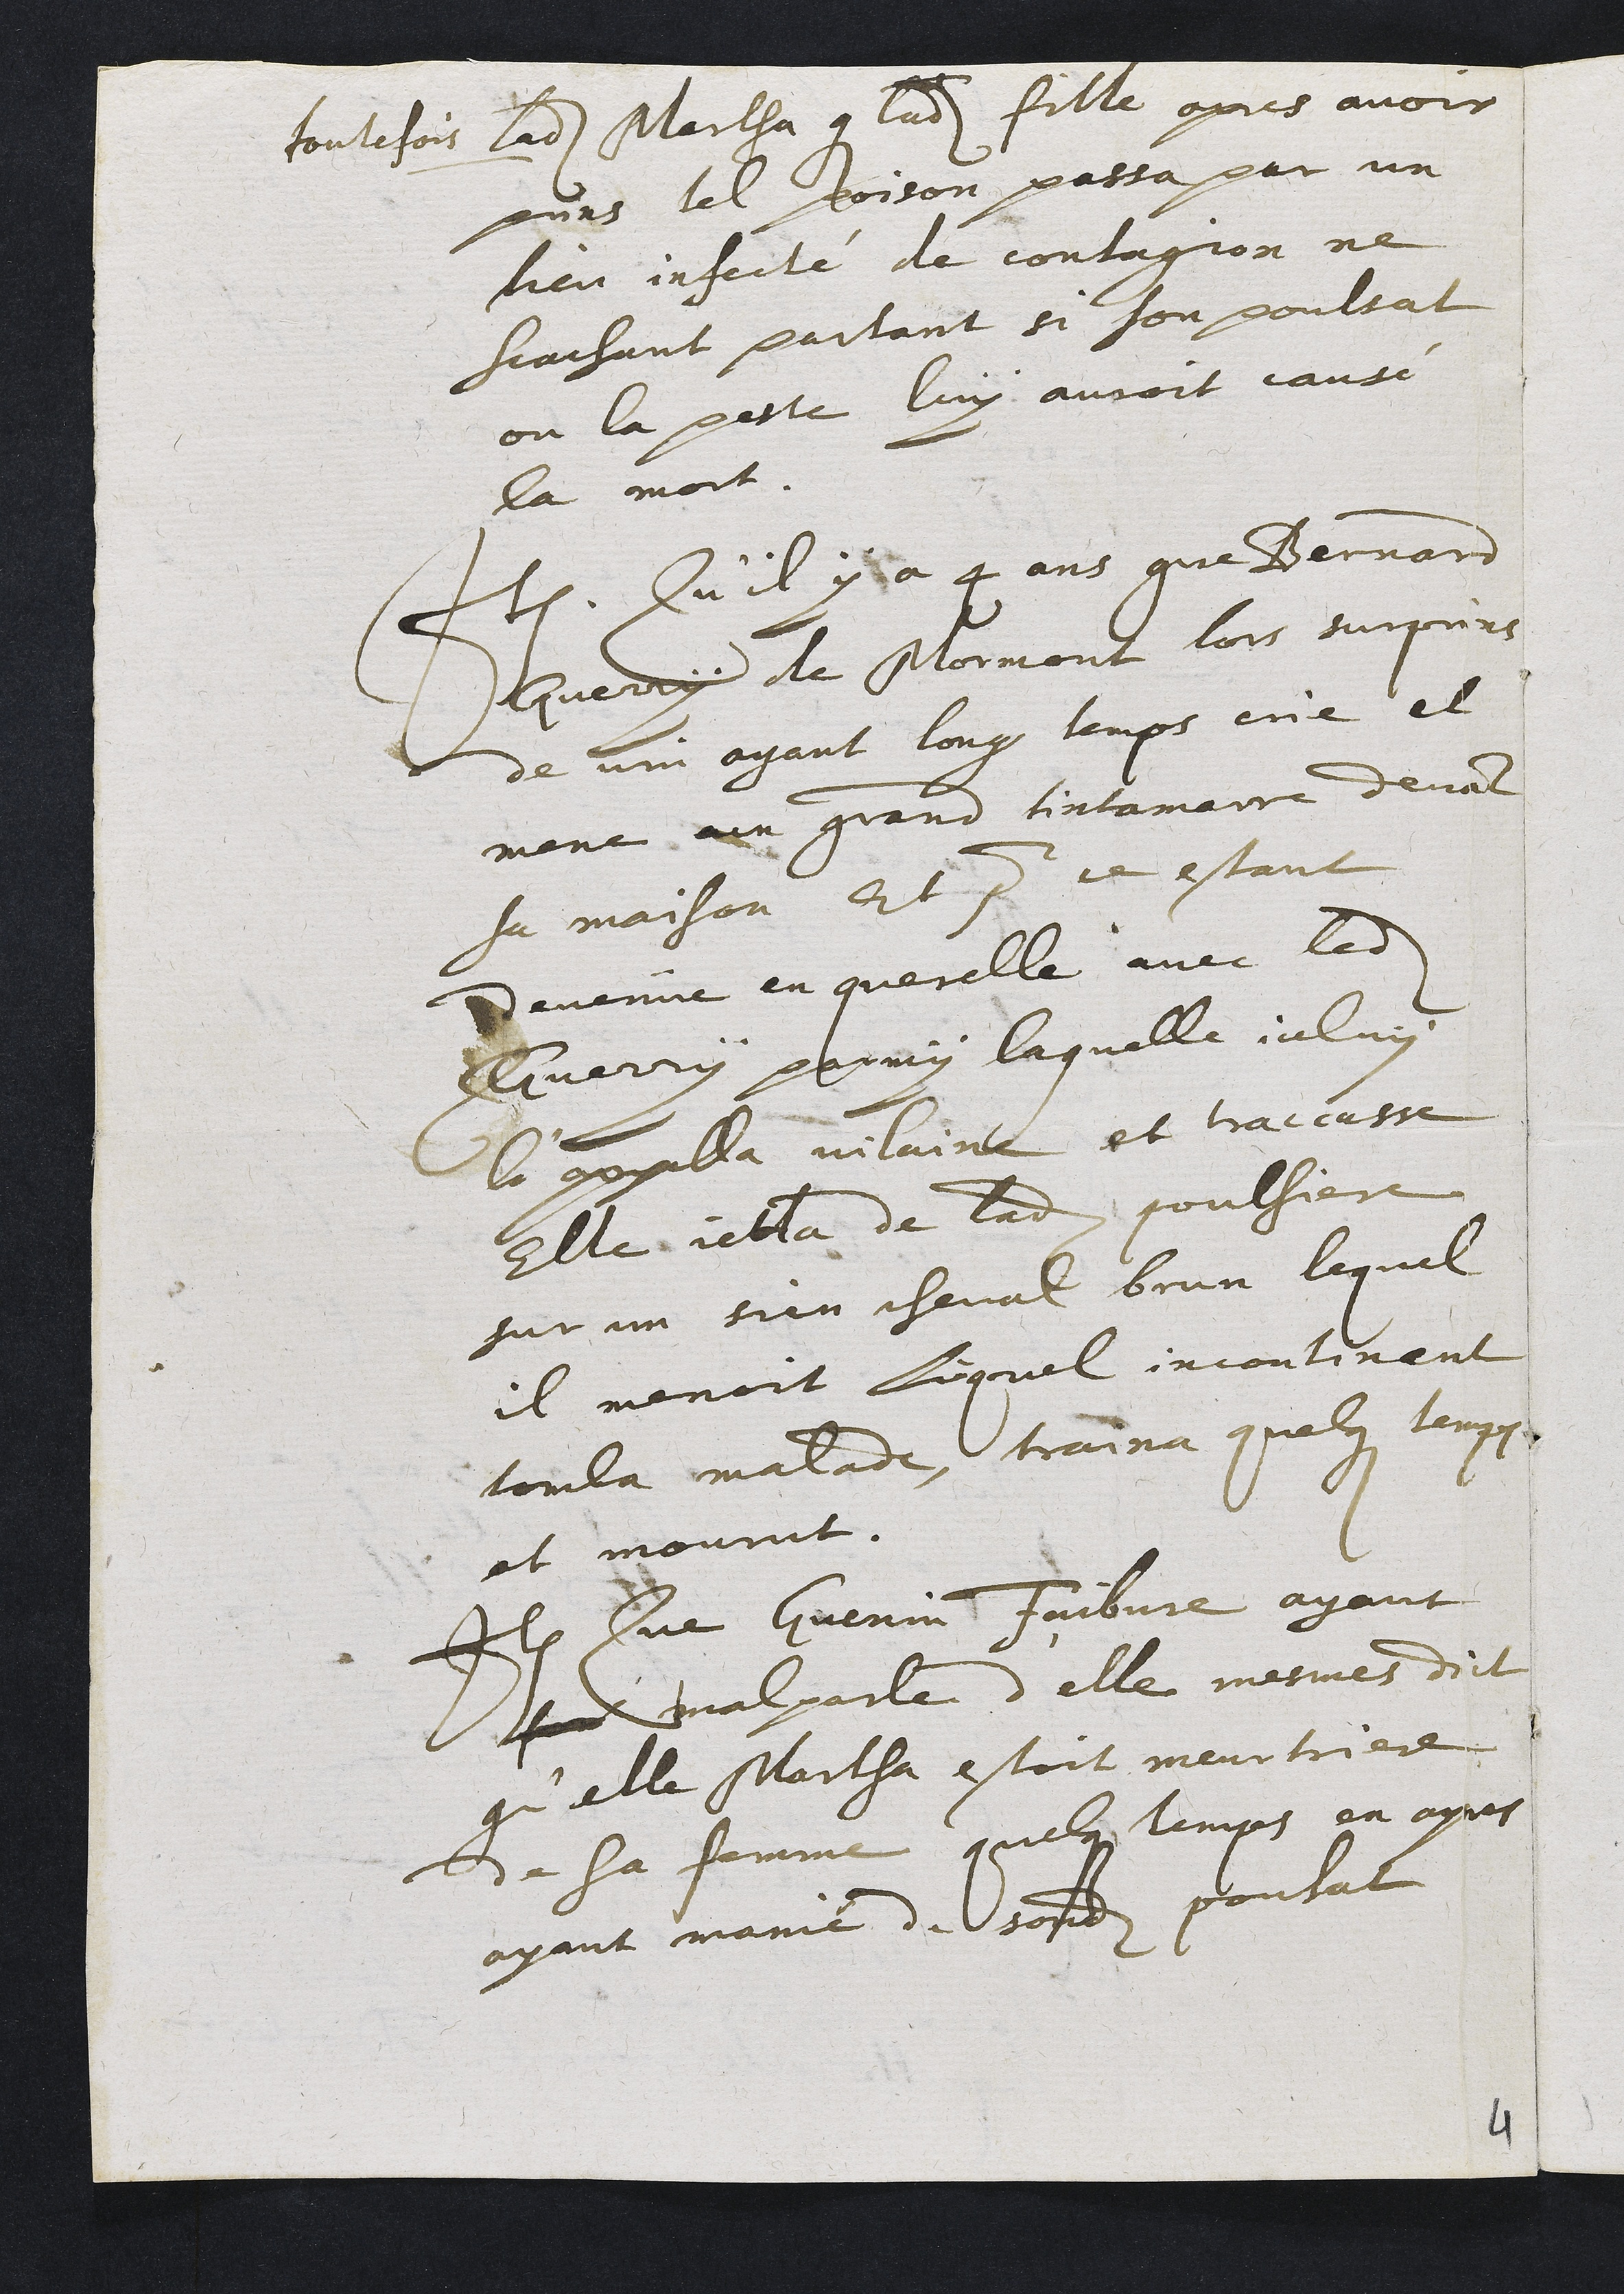
toutefois ladite Martha que ladite fille apres avoir
prins tel poison passa par un
lieu infectée de contagion ne
scachant partant si son poulsat
ou la peste luy auroit cause
la mort.
Item. Qu'il y a 4 ans que Bernars
huedoy de Mormont lors surprins
de vin ayant long temps crie el
mene un grand tintamaire devant
sa maison Et pour ce estant
Devenue en querelle avec ledit
Guerry parmy laquelle iceluy
la ppella vilaine et traccasse
Elle iebla de ladite poulsiere
sur un sien cheval brun lequel
il menoit Lequel incontinent
tomba malade traina quelque temps
et mourut.
Item Que Guenin Faibvre ayant
sudt malparle d'elle mesmes dict
qu'elle Martha estoit meurtriere
de sa femme quelques temps en apres
ayant manie de sondit pouhat